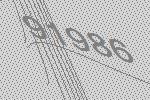
91986